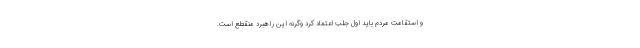
و استقامت مردم باید اول جلب اعتماد کرد وگرنه این راهبرد منقطع است.